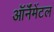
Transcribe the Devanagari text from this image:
ऑर्नॅमेंटल